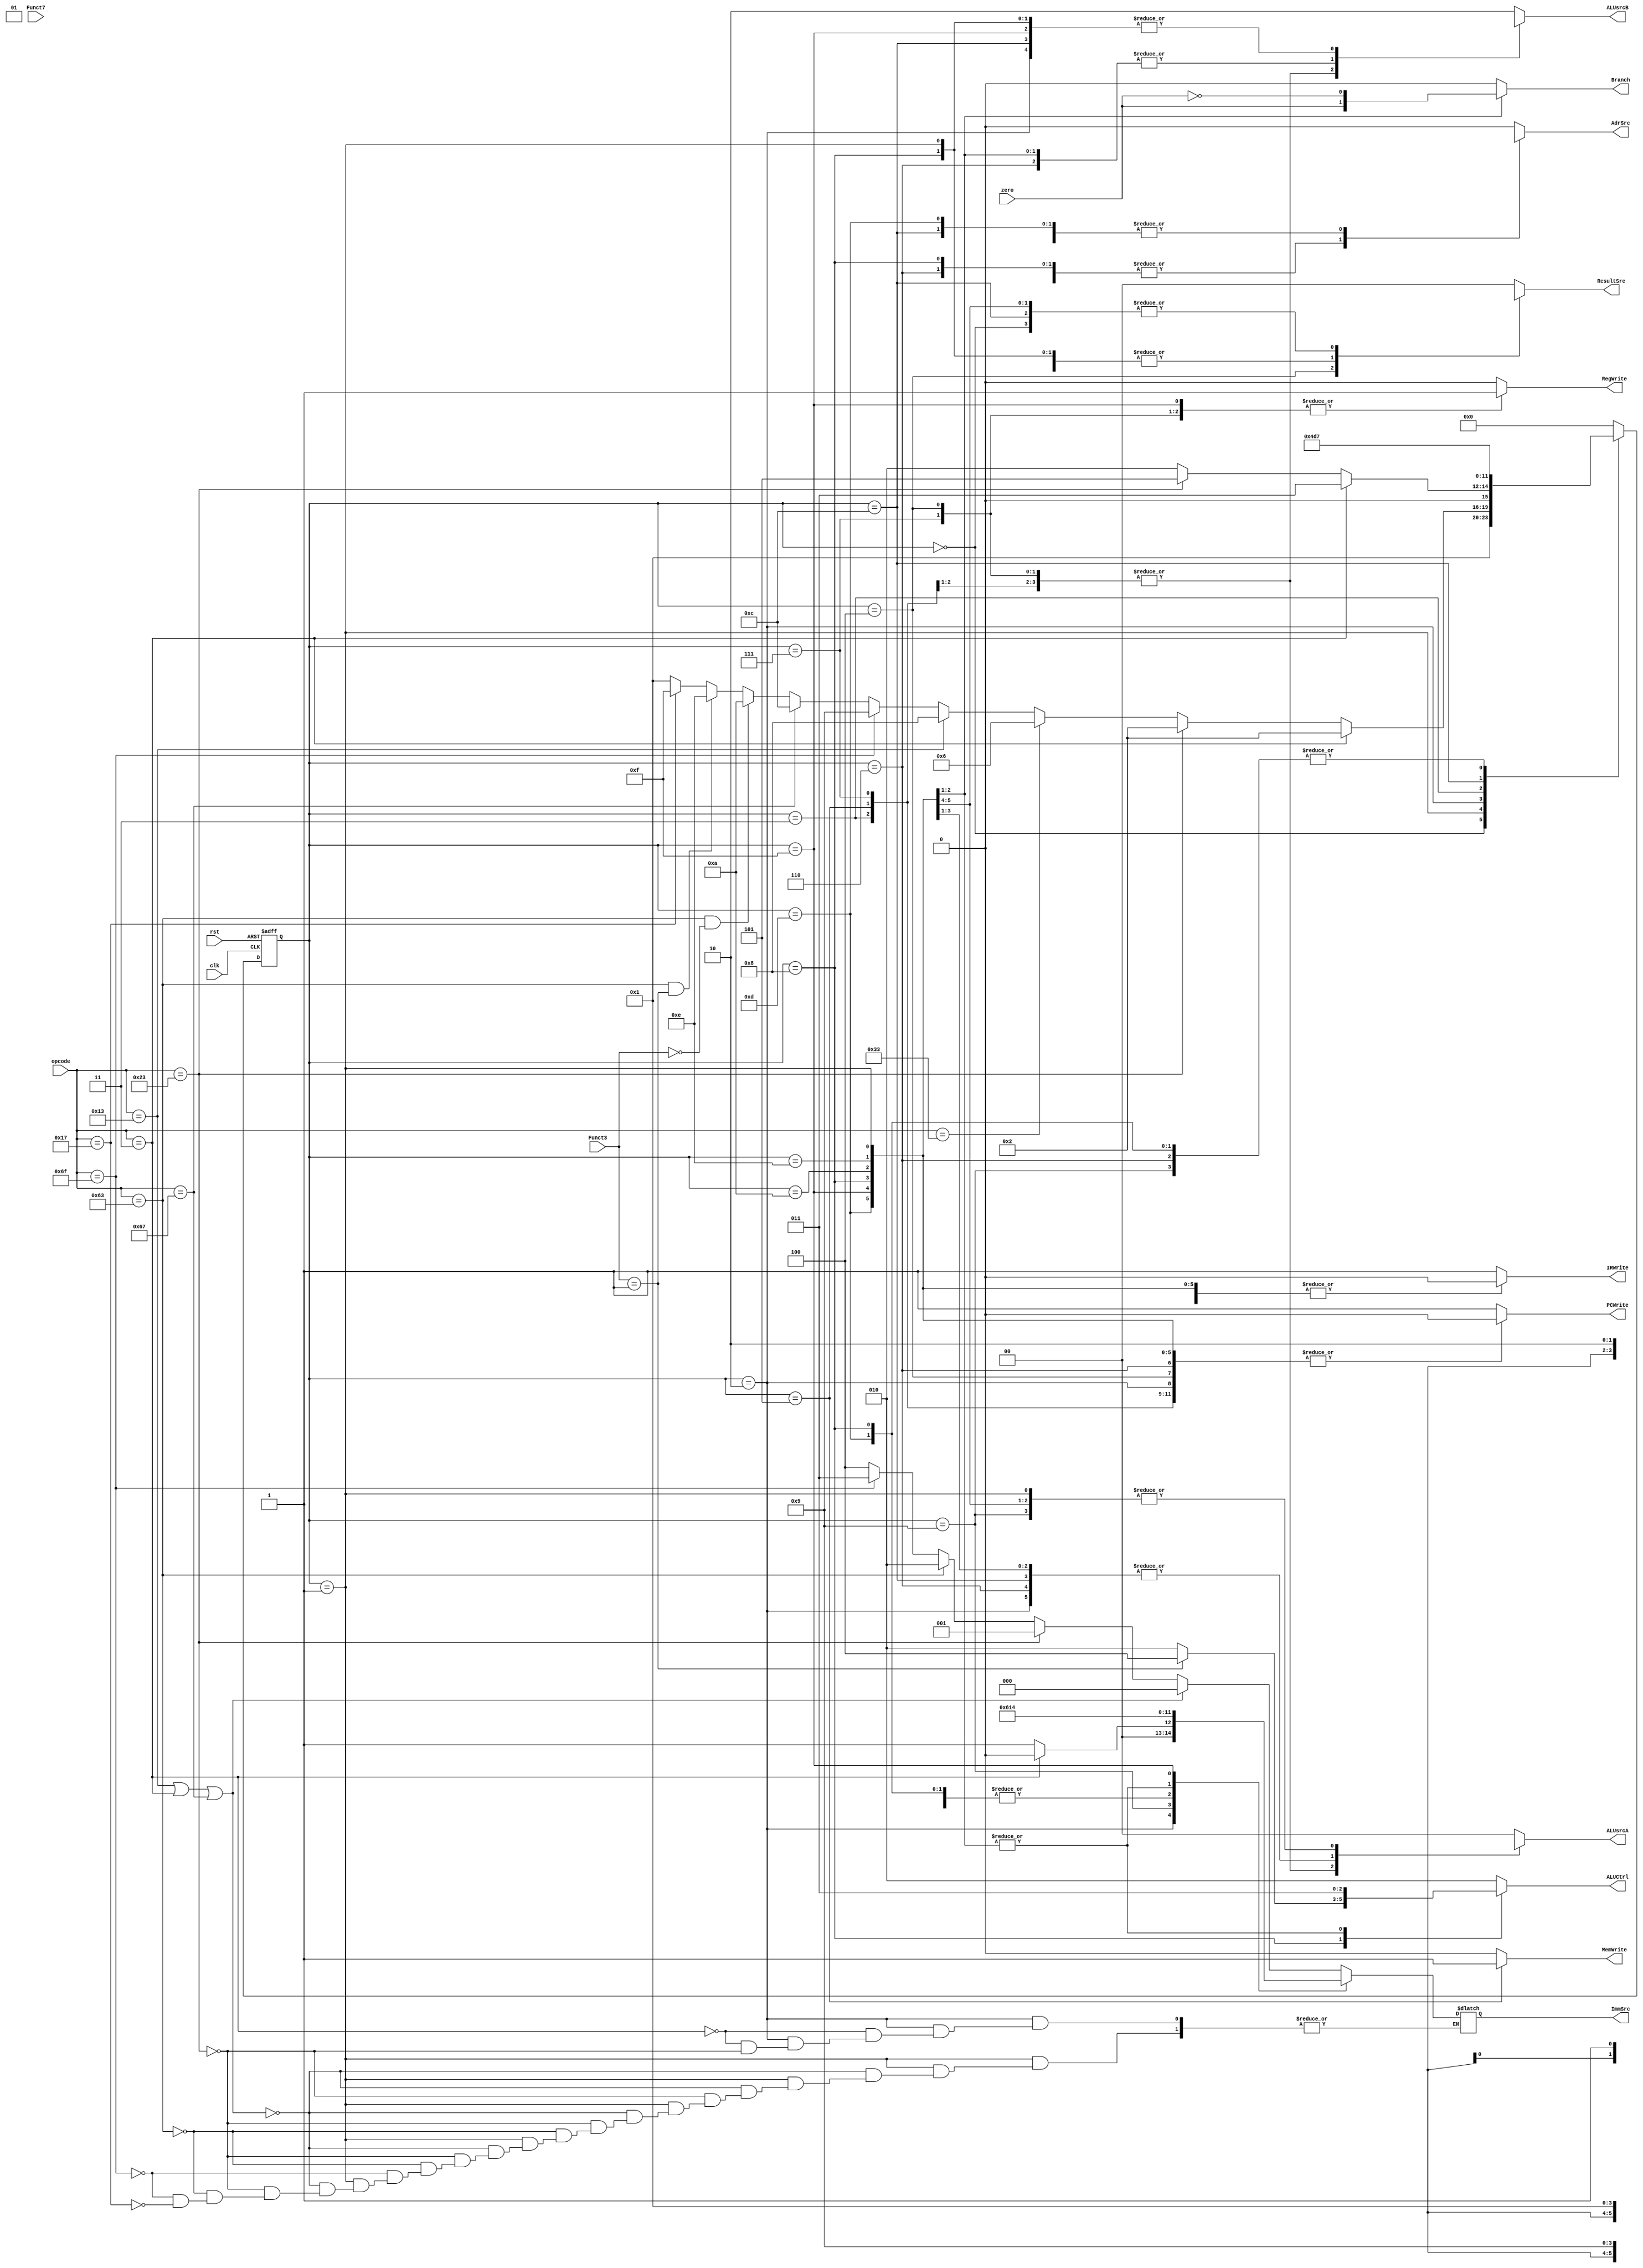
/******************************************************************
* Description
*	This is a code for FSM _Control of RISCV_MULTICYCLE
*	procesor.
* Version:
*	1.0
* Author:
*	Dr. Jos Luis Pizano Escalante
* email:
*	luispizano@iteso.mx
* Modified by : 
	* 	Jesus Martin Barroso  ---> RISCV ARCHITECTURE FSM
* Date:
*	20/02/2021
******************************************************************/
module FSM_Control(
input clk,
input rst,
input zero,
input [6:0] opcode,
input [2:0] Funct3,
input [6:0] Funct7,

output reg PCWrite,
output reg AdrSrc,
output reg MemWrite,
output reg IRWrite,
output reg RegWrite,
output reg Branch,
output reg [2:0] ImmSrc,
output reg [1:0] ALUsrcA,
output reg [1:0] ALUsrcB,
output reg [2:0] ALUCtrl,
output reg [1:0] ResultSrc

);

localparam R_type_ARITH = 7'h33;//ADD,SUB,AND,OR,SLL,SLT,SLTU,XOR,SRL,SRA
localparam I_type_ARITH = 7'h13;//ADDI,SLLI,SLTI,SLTIU,XORI,SRLI,SRALI,ORI,ANDI
localparam I_type_LW    = 7'h03;//LW
localparam I_type_JALR  = 7'h67;//JALR
localparam S_type_SW    = 7'h23;//SW
localparam J_type       = 7'h6f;//JAL
localparam B_type       = 7'h63;//BEQ,BNE
localparam U_type       = 7'h17;//AUIPC

localparam S0_FETCH      = 4'b0000;
localparam S1_DECODE     = 4'b0001;
localparam S2_MEM_ADDR   = 4'b0010;
localparam S3_MEM_READ   = 4'b0011;
localparam S4_MEM_WBA    = 4'b0100;
localparam S5_MEM_WR     = 4'b0101;
localparam S6_EXECUTE_R  = 4'b0110;
localparam S7_ALU_WB     = 4'b0111;
localparam S8_EXECUTE_I  = 4'b1000;
localparam S9_JAL        = 4'b1001;
localparam S10_BEQ       = 4'b1010;
localparam S11_BNE       = 4'b1011;
localparam S12_JALR      = 4'b1100;
localparam S13_JALR      = 4'b1101;
localparam S14_BNEQ      = 4'b1110;
localparam S15_AUIPC     = 4'b1111;


reg [3:0] state;


/********************************************************************************************************************/

always@(posedge clk, negedge rst)
begin
       if(!rst)
		   begin
			     state <= S0_FETCH;
			end
			else
			   begin
				    case(state)
					   S0_FETCH:
						       state <= S1_DECODE;
						S1_DECODE:
						       if(opcode == I_type_LW)
							    state <= S2_MEM_ADDR;
								 else if(opcode == S_type_SW)
							    state <= S2_MEM_ADDR;
					          else if(opcode == R_type_ARITH)
							    state <= S6_EXECUTE_R;
					          else if(opcode == I_type_ARITH)
							    state <= S8_EXECUTE_I;
					          else if(opcode == J_type)
						   	 state <= S9_JAL;
								 else if(opcode == I_type_JALR)
						   	 state <= S12_JALR;
					          else if(opcode == B_type && Funct3 == 3'b000)
						   	 state <= S10_BEQ;
								 else if(opcode == B_type && Funct3 == 3'b001)
						   	 state <= S14_BNEQ;
								 else if(opcode == U_type)
								 state <= S15_AUIPC;
					          else 
					          state <= S1_DECODE;
						S2_MEM_ADDR:
						       if(opcode == I_type_LW)
							    state <= S3_MEM_READ;
								 else if(opcode == S_type_SW)
							    state <= S5_MEM_WR;
								 else 
					          state <= S2_MEM_ADDR;
						S3_MEM_READ:
								 state <= S4_MEM_WBA;
						S4_MEM_WBA:
						       state <= S0_FETCH;
						S5_MEM_WR:
						       state <= S0_FETCH;
						S6_EXECUTE_R:
			                state <= S7_ALU_WB;
						S7_ALU_WB:	
					          state <= S0_FETCH;	
						S8_EXECUTE_I:
						       state <= S7_ALU_WB;
						S9_JAL:
						       state <= S7_ALU_WB;	
						S10_BEQ:
						       state <= S0_FETCH;
					   S12_JALR:
						       state <= S13_JALR;
						S14_BNEQ:
						       state <= S0_FETCH;
					   S13_JALR:
						       state <= S7_ALU_WB;
					   S15_AUIPC:
								 state <= S0_FETCH;
						default: state <= S0_FETCH;
				  endcase
				end
end

always@(*)
begin
      case(state)
		     S0_FETCH:
			  begin
					PCWrite   = 1'b1;
					AdrSrc    = 1'b0;
					MemWrite  = 1'b0;
					IRWrite   = 1'b1;
					RegWrite  = 1'b0;
					Branch    = 1'b0;
					ImmSrc    = 3'bXXX;
					ALUsrcA   = 2'b00;
					ALUsrcB   = 2'b10;
					ResultSrc = 2'b10;
					ALUCtrl   = 3'b010; //ADD
			  end
			  S1_DECODE:
			  begin
					PCWrite   = 1'b0;
					AdrSrc    = 1'b0;
					MemWrite  = 1'b0;
					IRWrite   = 1'b0;
					RegWrite  = 1'b0;
					Branch    = 1'b0;
					if (opcode == I_type_ARITH || opcode == I_type_LW || opcode == I_type_JALR)
						ImmSrc    = 3'b000;
					else if (opcode == S_type_SW )
						ImmSrc    = 3'b001;
					else if (opcode == B_type )
						ImmSrc    = 3'b010;
					else if (opcode == J_type )
						ImmSrc    = 3'b011;
					else if (opcode == U_type)
						ImmSrc    = 3'b100;
					ALUsrcA   = 2'b01;
					ALUsrcB   = 2'b01;
					ResultSrc = 2'bXX;
					ALUCtrl   = 3'b010;//ADD
			  end
			  S2_MEM_ADDR:
			  begin
					PCWrite   = 1'b0;
					AdrSrc    = 1'bX;
					MemWrite  = 1'b0;
					IRWrite   = 1'b0;
					RegWrite  = 1'b0;
					Branch    = 1'b0;
					if (opcode == I_type_LW)
						ImmSrc    = 3'b000;
					else if (opcode == S_type_SW )
						ImmSrc    = 3'b001;
					ALUsrcA   = 2'b10;
					ALUsrcB   = 2'b01;
					ResultSrc = 2'bXX;
					ALUCtrl   = 3'b010;//ADD
			  end
			  S3_MEM_READ:
			  begin
					PCWrite   = 1'b0;
					AdrSrc    = 1'b1;
					MemWrite  = 1'b0;
					IRWrite   = 1'b0;
					RegWrite  = 1'b0;
					Branch    = 1'b0;
					ImmSrc    = 3'bXXX;
					ALUsrcA   = 2'bXX;
					ALUsrcB   = 2'bXX;
					ResultSrc = 2'b00;
					ALUCtrl   = 3'b010;//ADD
			  end
			  S4_MEM_WBA:
			  begin
					PCWrite   = 1'b0;
					AdrSrc    = 1'bX;
					MemWrite  = 1'b0;
					IRWrite   = 1'b0;
					RegWrite  = 1'b1;
					Branch    = 1'b0;
					ImmSrc    = 3'bXXX;
					ALUsrcA   = 2'bXX;
					ALUsrcB   = 2'bXX;
					ResultSrc = 2'b01;
					ALUCtrl   = 3'b010;//ADD
			  end
			  S5_MEM_WR:
			  begin
					PCWrite   = 1'b0;
					AdrSrc    = 1'b1;
					MemWrite  = 1'b1;
					IRWrite   = 1'b0;
					RegWrite  = 1'b0;
					Branch    = 1'b0;
					ImmSrc    = 3'bXXX;
					ALUsrcA   = 2'bXX;
					ALUsrcB   = 2'bXX;
					ResultSrc = 2'b00;
					ALUCtrl   = 3'b010;//ADD
			  end
		     S6_EXECUTE_R:
			  begin
					PCWrite   = 1'b0;
					AdrSrc    = 1'bX;
					MemWrite  = 1'b0;
					IRWrite   = 1'b0;
					RegWrite  = 1'b0;
					Branch    = 1'b0;
					ImmSrc    = 3'bXXX;
					ALUsrcA   = 2'b10;
					ALUsrcB   = 2'b00;
					ResultSrc = 2'bXX;
					ALUCtrl   = 3'b010;//ADD
			  end
			  S7_ALU_WB:
			  begin
					PCWrite   = 1'b0;
					AdrSrc    = 1'bX;
					MemWrite  = 1'b0;
					IRWrite   = 1'b0;
					RegWrite  = 1'b1;
					Branch    = 1'b0;
					ImmSrc    = 3'bXXX;
					ALUsrcA   = 2'bXX;
					ALUsrcB   = 2'bXX;
					ResultSrc = 2'b00;
					ALUCtrl   = 3'b010;//ADD
			  end
			  S8_EXECUTE_I:
			  begin
					PCWrite   = 1'b0;
					AdrSrc    = 1'bX;
					MemWrite  = 1'b0;
					IRWrite   = 1'b0;
					RegWrite  = 1'b0;
					Branch    = 1'b0;
					ImmSrc    = 3'b000;
					ALUsrcA   = 2'b10;
					ALUsrcB   = 2'b01;
					ResultSrc = 2'bXX;
					case(Funct3)
						3'b000:
							ALUCtrl   = 3'b010;
						3'b001:
							ALUCtrl   = 3'b100;
						default:
							ALUCtrl   = 3'b010;
					endcase
			  end
			  S9_JAL:
			  begin
					PCWrite   = 1'b1;
					AdrSrc    = 1'b0;
					MemWrite  = 1'b0;
					IRWrite   = 1'b0;
					RegWrite  = 1'b0;
					Branch    = 1'b0;
					ImmSrc    = 3'b011;
					ALUsrcA   = 2'b01;
					ALUsrcB   = 2'b10;
					ResultSrc = 2'b00;
					ALUCtrl   = 3'b010;//ADD
			  end
			  S10_BEQ:
			  begin
					PCWrite   = 1'b0;
					AdrSrc    = 1'b0;
					MemWrite  = 1'b0;
					IRWrite   = 1'b0;
					RegWrite  = 1'b0;
					Branch    = zero;
					ImmSrc    = 3'b010;
					ALUsrcA   = 2'b10;
					ALUsrcB   = 2'b00;
					ResultSrc = 2'b00;
					ALUCtrl   = 3'b011;//sub
			  end
			  S12_JALR:
			  begin
					PCWrite   = 1'b1;
					AdrSrc    = 1'b1;
					MemWrite  = 1'b0;
					IRWrite   = 1'b0;
					RegWrite  = 1'b0;
					Branch    = 1'b0;
					ImmSrc    = 3'b000;
					ALUsrcA   = 2'b10;
					ALUsrcB   = 2'b01;//
					ResultSrc = 2'b10;
					ALUCtrl   = 3'b010;//add
			  end
			  S13_JALR:
			  begin
					PCWrite   = 1'b0;
					AdrSrc    = 1'b1;
					MemWrite  = 1'b0;
					IRWrite   = 1'b0;
					RegWrite  = 1'b0;
					Branch    = 1'b0;
					ImmSrc    = 3'b000;
					ALUsrcA   = 2'b01;
					ALUsrcB   = 2'b10;//
					ResultSrc = 2'b10;
					ALUCtrl   = 3'b010;//add
			  end
			  S14_BNEQ:
			  begin
					PCWrite   = 1'b0;
					AdrSrc    = 1'b0;
					MemWrite  = 1'b0;
					IRWrite   = 1'b0;
					RegWrite  = 1'b0;
					Branch    = !zero;
					ImmSrc    = 3'b010;
					ALUsrcA   = 2'b10;
					ALUsrcB   = 2'b00;
					ResultSrc = 2'b00;
					ALUCtrl   = 3'b011;//sub
			  end
			  S15_AUIPC:
			  begin
					PCWrite   = 1'b0;
					AdrSrc    = 1'b0;
					MemWrite  = 1'b0;
					IRWrite   = 1'b0;
					RegWrite  = 1'b1;
					Branch    = 1'b0;
					ImmSrc    = 3'b100;
					ALUsrcA   = 2'b01;
					ALUsrcB   = 2'b01;
					ResultSrc = 2'b10;
					ALUCtrl   = 3'b010;//sub
			  end
			  default:
			  begin
					PCWrite   = 1'b1;
					AdrSrc    = 1'b0;
					MemWrite  = 1'b0;
					IRWrite   = 1'b1;
					RegWrite  = 1'b0;
					Branch    = 1'b0;
					ImmSrc    = 3'bXXX;
					ALUsrcA   = 2'b00;
					ALUsrcB   = 2'b10;
					ResultSrc = 2'b00;
					ALUCtrl   = 3'b010; //ADD
			  end
			  
		endcase
end

endmodule